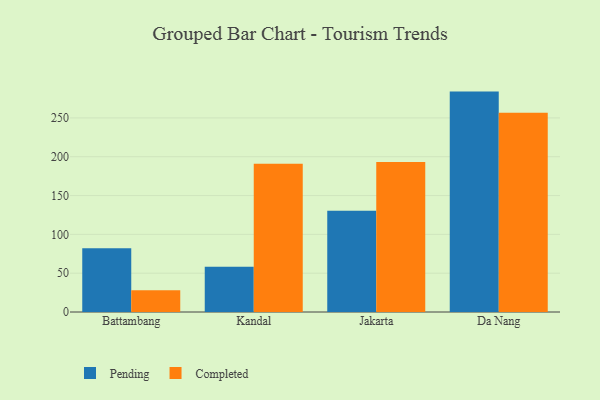
{"axis": {"x": "City", "y": "Conversion Rate (%)"}, "legend": ["Completed", "Pending"], "data": [{"x": "Battambang", "y": 82.2, "type": "Pending"}, {"x": "Battambang", "y": 28.1, "type": "Completed"}, {"x": "Kandal", "y": 58.4, "type": "Pending"}, {"x": "Kandal", "y": 191.1, "type": "Completed"}, {"x": "Jakarta", "y": 130.5, "type": "Pending"}, {"x": "Jakarta", "y": 193.2, "type": "Completed"}, {"x": "Da Nang", "y": 283.9, "type": "Pending"}, {"x": "Da Nang", "y": 256.8, "type": "Completed"}]}